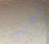
فصاعدا